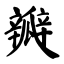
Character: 瓣